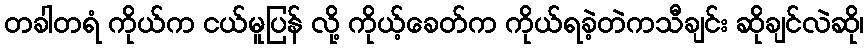
တခါတရံ ကိုယ်က ငယ်မူပြန် လို့ ကိုယ့်ခေတ်က ကိုယ်ရခဲ့တဲကသီချင်း ဆိုချင်လဲဆို၊